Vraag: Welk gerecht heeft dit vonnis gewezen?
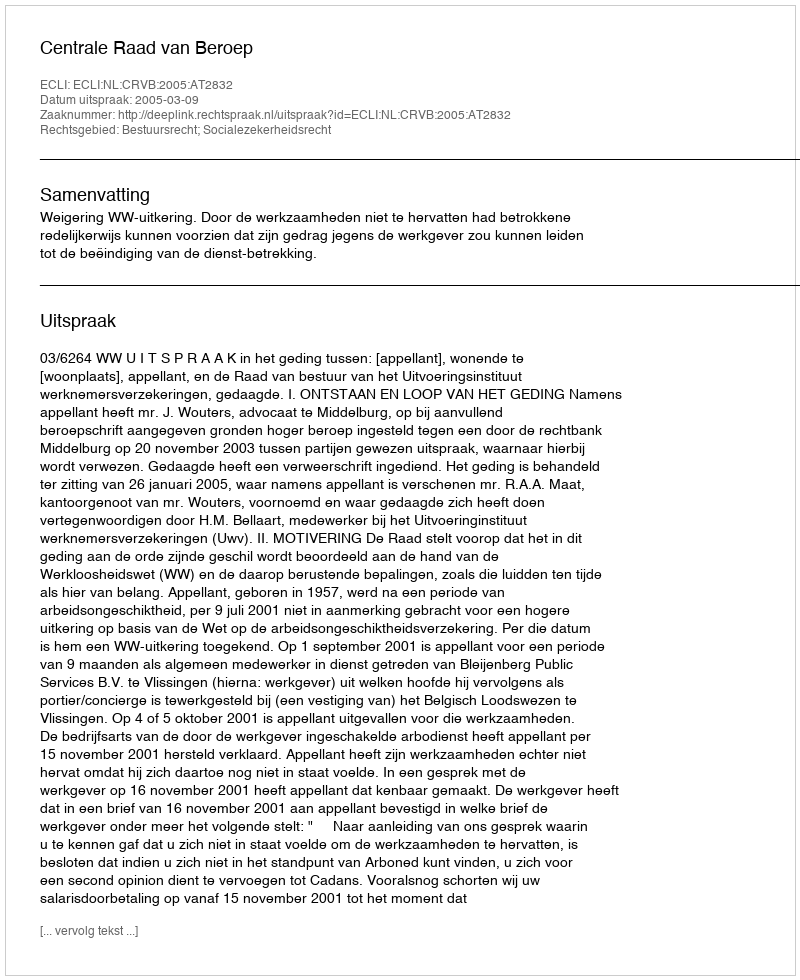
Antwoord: Centrale Raad van Beroep